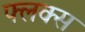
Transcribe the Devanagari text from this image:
फ्लक्‍स